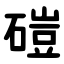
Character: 磑